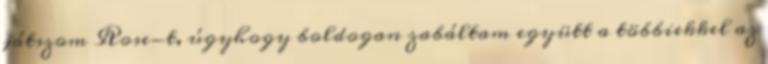
játszom Rose-t, úgyhogy boldogan zabáltam együtt a többiekkel az